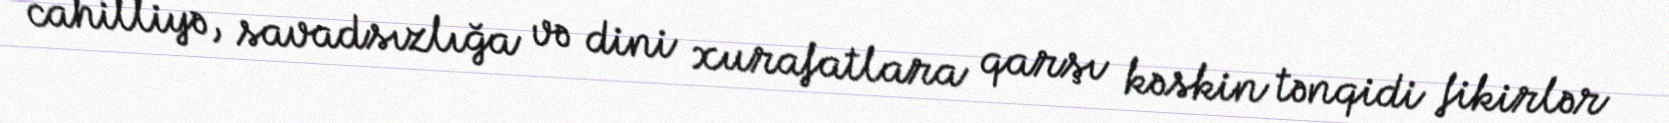
cahilliyə, savadsızlığa və dini xurafatlara qarşı kəskin tənqidi fikirlər